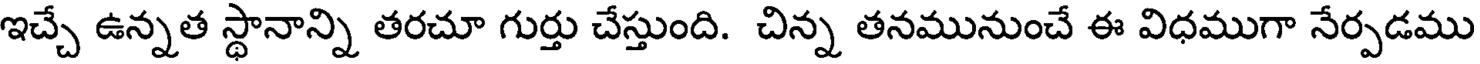
ఇచ్చే ఉన్నత స్థానాన్ని తరచూ గుర్తు చేస్తుంది. చిన్న తనమునుంచే ఈ విధముగా నేర్పడము